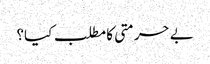
بے حرمتی کا مطلب کیا؟